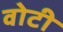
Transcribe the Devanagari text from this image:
वोटी